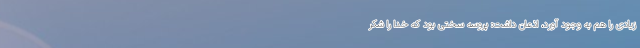
زیادی را هم به وجود آورد، اذعان داشت: پروسه سختی بود که خدا را شکر